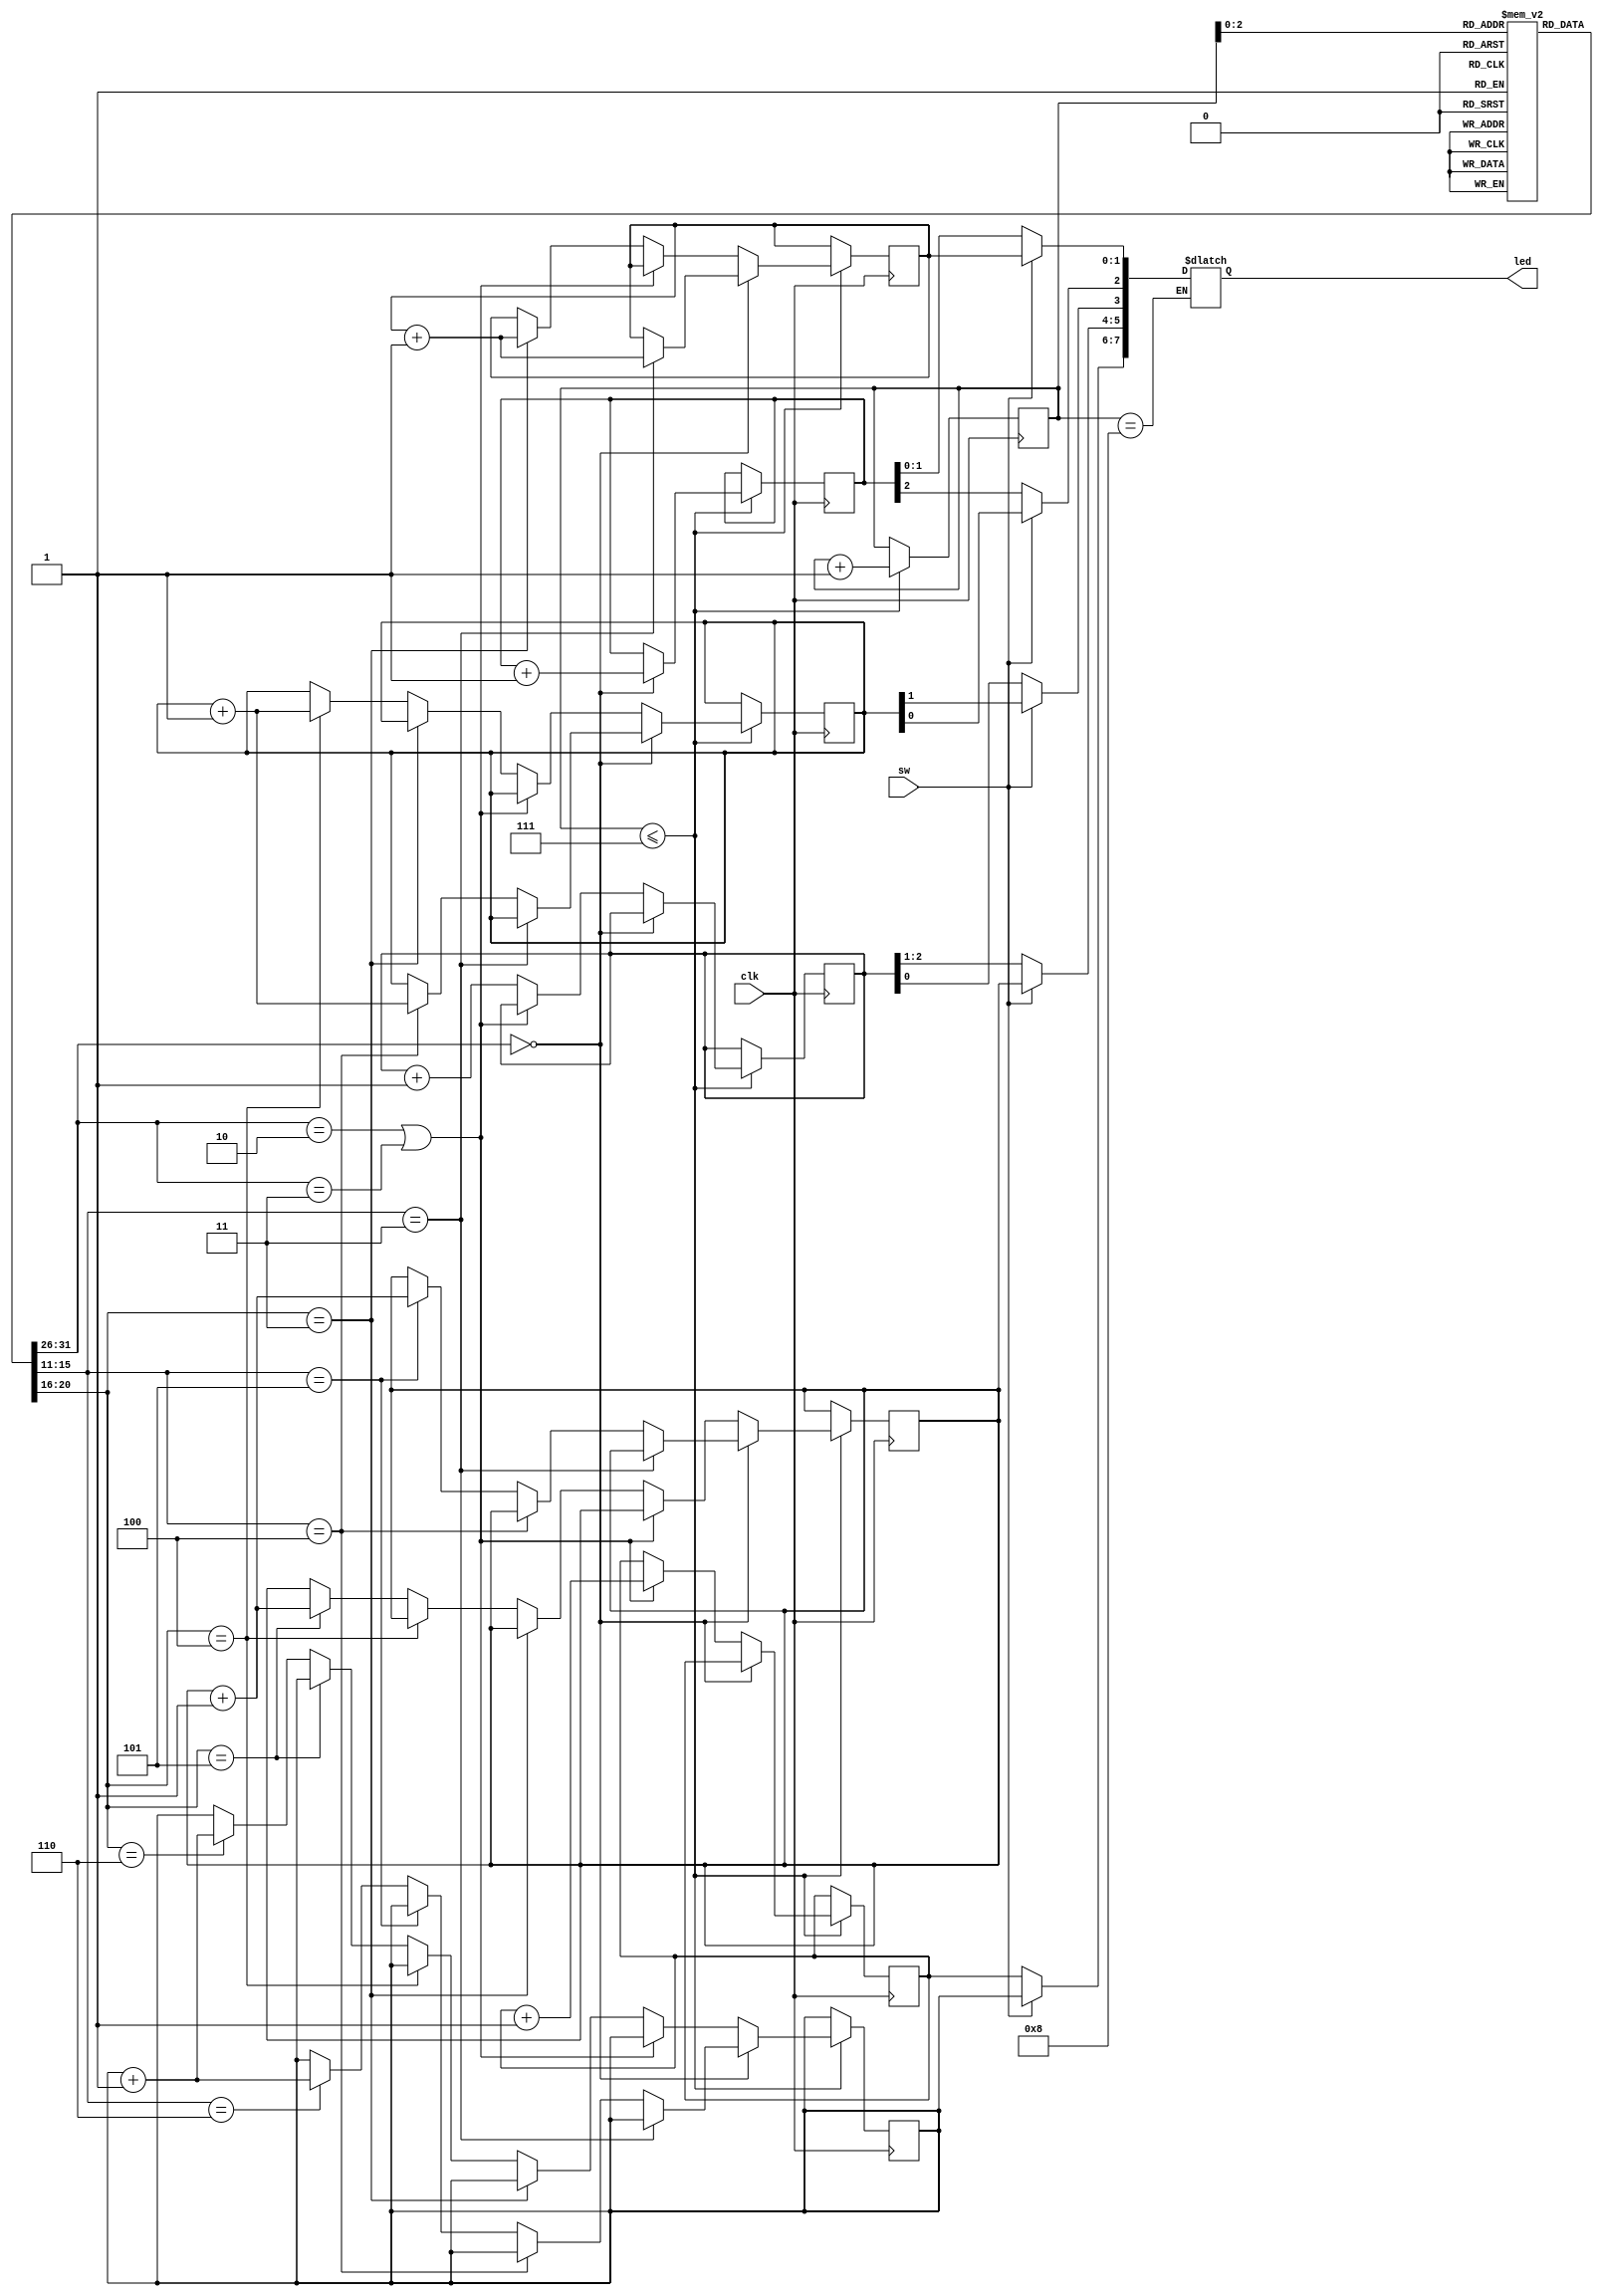
`timescale 1ns / 1ps
//////////////////////////////////////////////////////////////////////////////////
// Company: 
// Engineer: 
// 
// Design Name: 
// Module Name:    inst_encoding 
// Project Name: 
// Target Devices: 
// Tool versions: 
// Description: 
//
// Dependencies: 
//
// Revision: 
// Revision 0.01 - File Created
// Additional Comments: 
//
//////////////////////////////////////////////////////////////////////////////////
module inst_encoding(clk, sw, led);
  input clk, sw;
  
  output [7:0]led;
  reg [7:0]led;
  
  reg [3:0]PC = 0;
  reg [2:0]r = 0;
  reg [2:0]i = 0;
  reg [1:0]j = 0;
  reg [1:0]counter_3 = 0;
  reg [1:0]counter_4 = 0;
  reg [1:0]counter_5 = 0;
  reg [1:0]counter_6 = 0;
  reg [31:0]inst_memory [0:7];
  
  initial begin
    inst_memory[0] = {6'h8, 5'h0, 5'h4, 16'h3456};
    inst_memory[1] = {6'h8, 5'h0, 5'h5, 16'hffff};
    inst_memory[2] = {6'h0, 5'h5, 5'h4, 5'h6, 5'h0, 6'h20};
    inst_memory[3] = {6'h8, 5'h0, 5'h3, 16'h7};
    inst_memory[4] = {6'h0, 5'h6, 5'h3, 5'h6, 5'h0, 6'h4};
    inst_memory[5] = {6'h0, 5'h3, 5'h0, 5'h3, 5'h1, 6'h2};
    inst_memory[6] = {6'h23, 5'h4, 5'h5, 16'h9abc};
    inst_memory[7] = {6'h2, 26'h123456};
  end

  always @(posedge clk) begin
    
    if(PC <= 7) begin
      // R format
      if(inst_memory[PC][31:26] == 0) begin
        r <= r+1;
        if(inst_memory[PC][15:11] == 3) counter_3 <= counter_3 + 1;
        else if(inst_memory[PC][15:11] == 4) counter_4 <= counter_4 + 1;
        else if(inst_memory[PC][15:11] == 5) counter_5 <= counter_5 + 1;
        else if(inst_memory[PC][15:11] == 6) counter_6 <= counter_6 + 1;
      end

      // J format
      else if(inst_memory[PC][31:26] == 2 || inst_memory[PC][31:26] == 3) begin
        j <= j+1;
      end

      // I format
      else begin
        i <= i+1;
        if(inst_memory[PC][20:16] == 3) counter_3 <= counter_3 + 1;
        else if(inst_memory[PC][20:16] == 4) counter_4 <= counter_4 + 1;
        else if(inst_memory[PC][20:16] == 5) counter_5 <= counter_5 + 1;
        else if(inst_memory[PC][20:16] == 6) counter_6 <= counter_6 + 1;
      end

      PC <= PC+1;
    end
  end

  always @(sw) begin
    if(PC == 8) begin
      if(sw == 0) begin
        led[2:0] <= r;
        led[5:3] <= i;
        led[7:6] <= j;
      end

      else if(sw == 1) begin
        led[1:0] <= counter_3;
        led[3:2] <= counter_4;
        led[5:4] <= counter_5;
        led[7:6] <= counter_6;
      end
    end
  end

endmodule